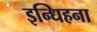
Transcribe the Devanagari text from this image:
इन्धिहना